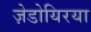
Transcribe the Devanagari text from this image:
ज़ेडोयिरया